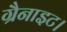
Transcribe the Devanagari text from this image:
ग्रैनाइट।